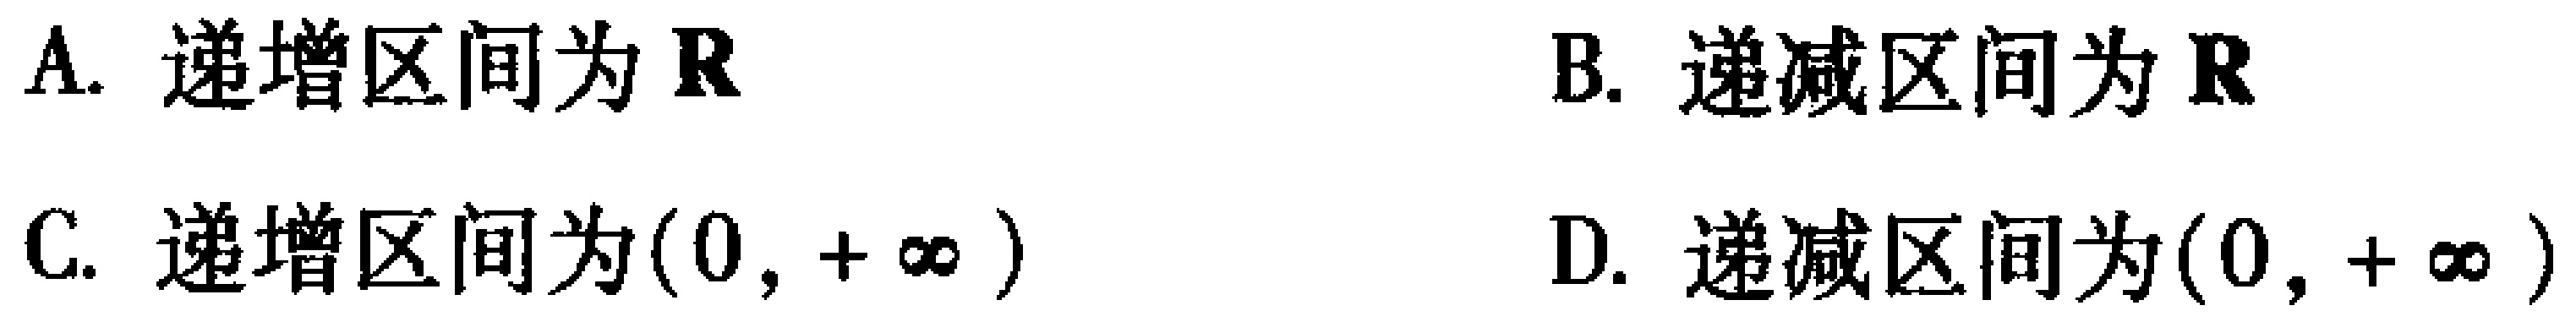
A. 递增区间为\(\mathbb{R}\)

B. 递减区间为\(\mathbb{R}\)

C. 递增区间为\((0, +\infty)\)

D. 递减区间为\((0, +\infty)\)